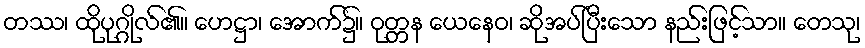
တဿ၊ ထိုပုဂ္ဂိုလ်၏။ ဟေဋ္ဌာ၊ အောက်၌။ ဝုတ္တန ယေနေဝ၊ ဆိုအပ်ပြီးသော နည်းဖြင့်သာ။ တေသု၊